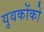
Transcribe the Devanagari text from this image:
युवकोंको